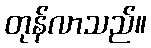
တုန်လာသည်။